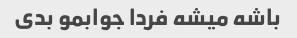
باشه میشه فردا جوابمو بدی